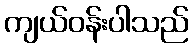
ကျယ်ဝန်းပါသည်